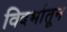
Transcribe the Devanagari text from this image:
विदर्भातून